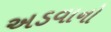
અડવાનો